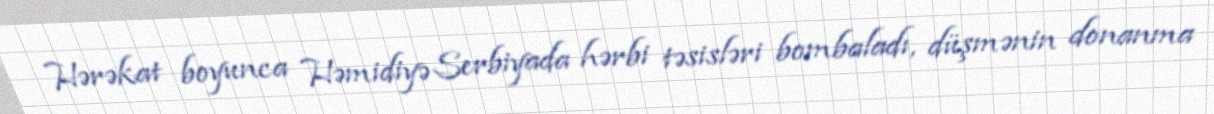
Hərəkat boyunca Həmidiyə Serbiyada hərbi təsisləri bombaladı, düşmənin donanma